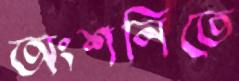
অংশনিতে